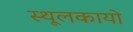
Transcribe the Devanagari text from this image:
स्थूलकायो